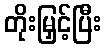
တိုးမြှင့်ပြီး